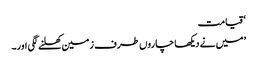
‘ قیامت
’میں نے دیکھا چاروں طرف زمین کھلنے لگی اور۔